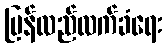
ပြန်လည်လက်ခံရေး